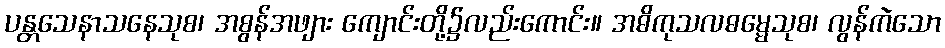
ပန္တသေနာသနေသုစ၊ အစွန်အဖျား ကျောင်းတို့၌လည်းကောင်း။ အဓိကုသလဓမ္မေသုစ၊ လွန်ကဲသော